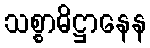
သစ္စာဓိဋ္ဌာနေန